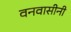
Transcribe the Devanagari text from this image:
वनवासीनी